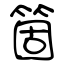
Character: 箇